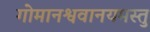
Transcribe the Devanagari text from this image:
गोमानश्ववानयमस्तु